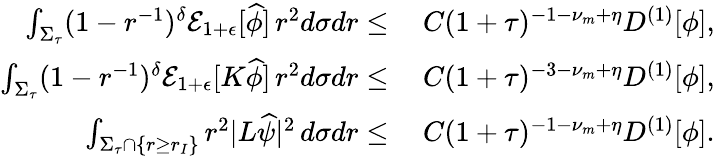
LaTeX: \begin{array}{rl}{\int_{\Sigma_{\tau}}(1-r^{-1})^{\delta}\mathcal{E}_{1+\epsilon}[\widehat{\phi}]\, r^{2}d\sigma dr\leq}&{\: C(1+\tau)^{-1-\nu_{m}+\eta}D^{(1)}[\phi],}\\ {\int_{\Sigma_{\tau}}(1-r^{-1})^{\delta}\mathcal{E}_{1+\epsilon}[K\widehat{\phi}]\, r^{2}d\sigma dr\leq}&{\: C(1+\tau)^{-3-\nu_{m}+\eta}D^{(1)}[\phi],}\\ {\int_{\Sigma_{\tau}\cap\{ r\geq r_{I}\} }r^{2}|L\widehat{\psi}|^{2}\, d\sigma dr\leq}&{\: C(1+\tau)^{-1-\nu_{m}+\eta}D^{(1)}[\phi].}\end{array}